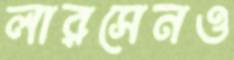
লারসেনও